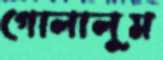
গোলালুম